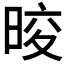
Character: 𭦑